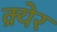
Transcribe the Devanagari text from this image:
क्र्येर